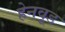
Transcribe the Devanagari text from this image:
हेनवूड